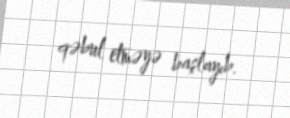
qəbul etməyə başlayıb.